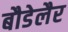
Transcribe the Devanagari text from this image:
बौडेलैर